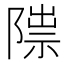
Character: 𨻍